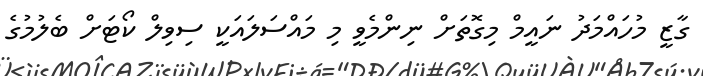
ގާޒީ މުހައްމަދު ނައީމް މިގޮތަށް ނިންމެވީ މި މައްސަލައަކީ ސިވިލް ކޯޓަށް ބެލުމުގެ